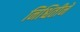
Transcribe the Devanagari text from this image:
निश्चितीने